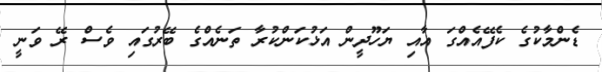
ޑެންމާކުގެ ކެފޭއެއްގަ އާއި ޔަހޫދީން އަޅުކަންކުރާ ތަނެއްގެ ބޭރުގައި ވެސް ރޭ ވަނީ